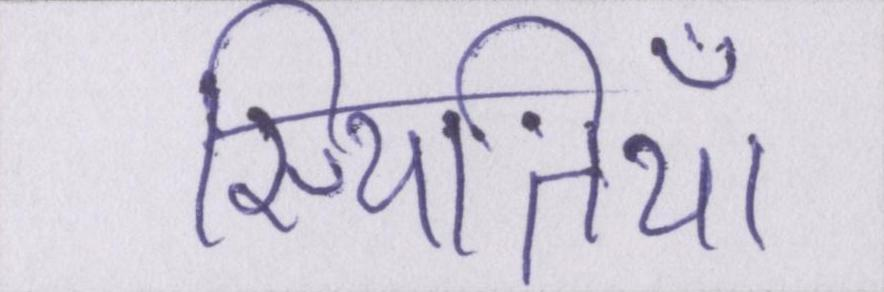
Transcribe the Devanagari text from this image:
स्थितियाँ